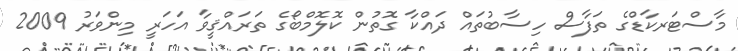
މާސްޓަރކާޑްގެ ތަފާސް ހިސާބުތައް ދައްކާ ގޮތުން ކޮލޮމްބޯގެ ތަރައްޤީވާ އަހަރީ މިންވަރު 2009